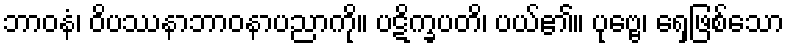
ဘာဝနံ၊ ဝိပဿနာဘာဝနာပညာကို။ ပဋိက္ခပတိ၊ ပယ်၏။ ပုဗ္ဗေ၊ ရှေ့ဖြစ်သော